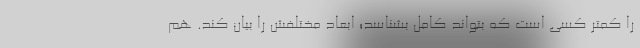
را کمتر کسی است که بتواند کامل بشناسد؛ ابعاد مختلفش را بیان کند. هم